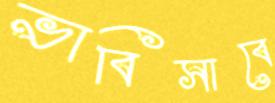
ভাবিসাবে